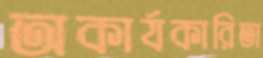
অকার্যকারিতা